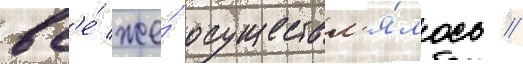
вс'е́ же́ осуществл'я́лось //